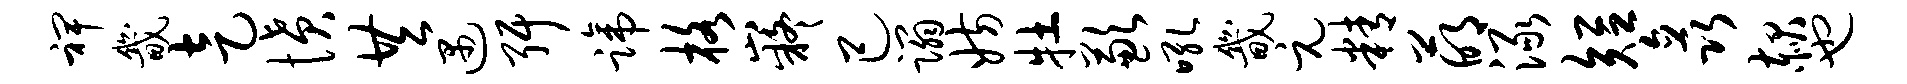
裨畿走愤共遇弭蹄格嶷己蹋妨牡歉吼畿元精萌渌短矗赧也